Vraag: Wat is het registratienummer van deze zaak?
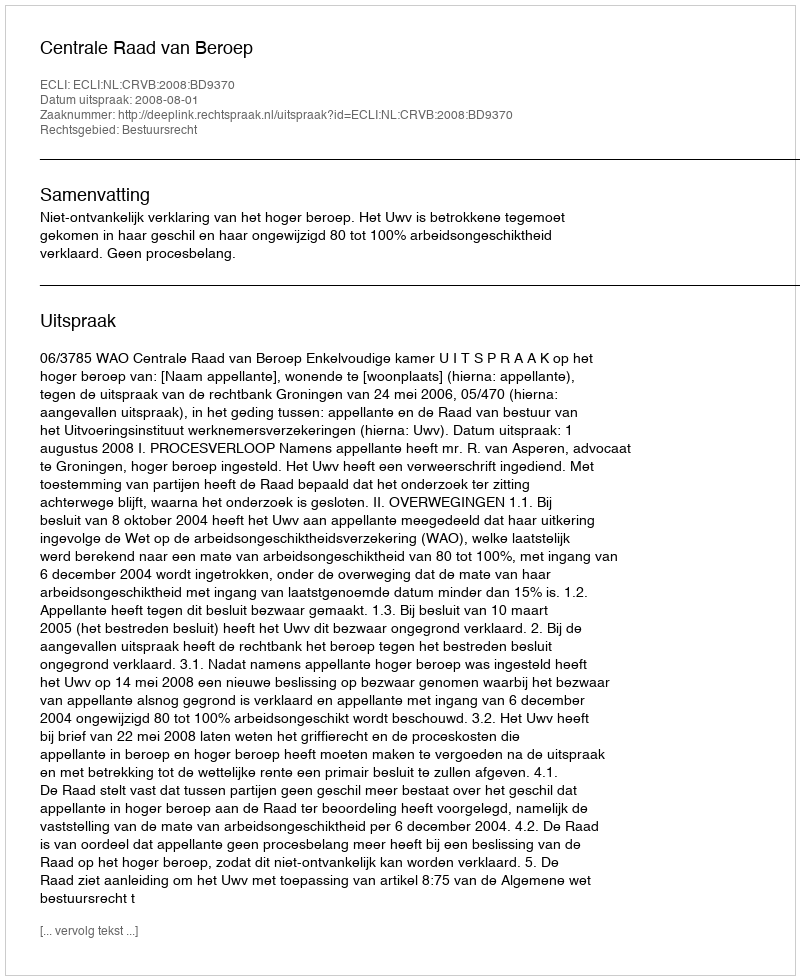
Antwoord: http://deeplink.rechtspraak.nl/uitspraak?id=ECLI:NL:CRVB:2008:BD9370